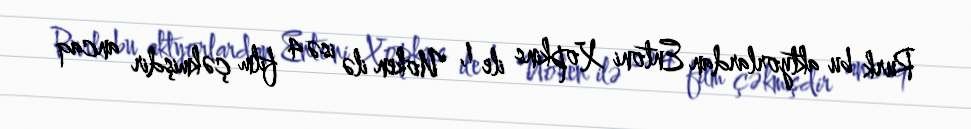
Rurk bu aktyorlardan Entoni Xopkins ile 1, Uoken ilə isə 4 film çəkmişdir ancaq